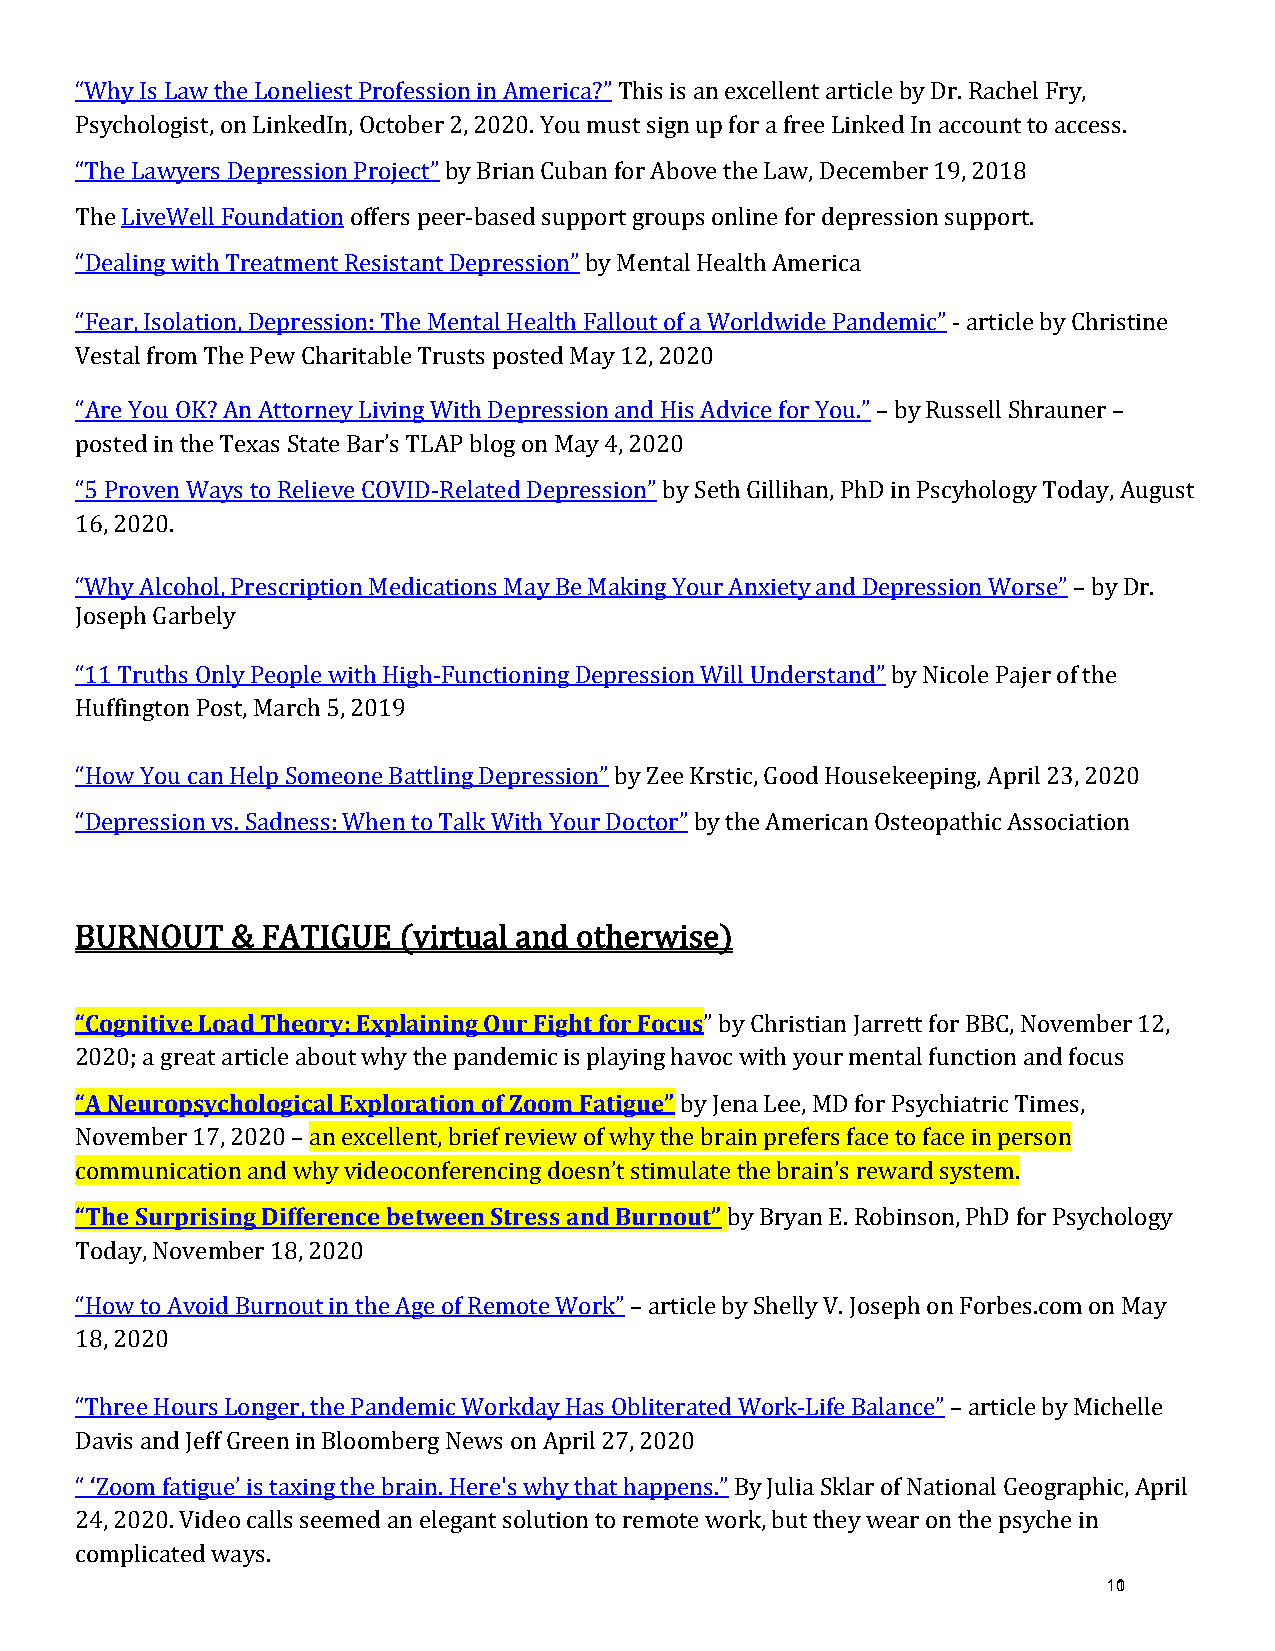
“Why Is Law the Loneliest Profession in America?” This is an excellent article by Dr. Rachel Fry,
 Psychologist, on LinkedIn, October 2, 2020. You must sign up for a free Linked In account to access.
 “The Lawyers Depression Project” by Brian Cuban for Above the Law, December 19, 2018
 The LiveWell Foundation offers peer-based support groups online for depression support.
 “Dealing with Treatment Resistant Depression” by Mental Health America
 “Fear, Isolation, Depression: The Mental Health Fallout of a Worldwide Pandemic” - article by Christine
 Vestal from The Pew Charitable Trusts posted May 12, 2020
 “Are You OK? An Attorney Living With Depression and His Advice for You.” – by Russell Shrauner –
 posted in the Texas State Bar’s TLAP blog on May 4, 2020
 “5 Proven Ways to Relieve COVID-Related Depression” by Seth Gillihan, PhD in Pscyhology Today, August
 16, 2020.
 “Why Alcohol, Prescription Medications May Be Making Your Anxiety and Depression Worse” – by Dr.
 Joseph Garbely
 “11 Truths Only People with High-Functioning Depression Will Understand” by Nicole Pajer of the
 Huffington Post, March 5, 2019
 “How You can Help Someone Battling Depression” by Zee Krstic, Good Housekeeping, April 23, 2020
 “Depression vs. Sadness: When to Talk With Your Doctor” by the American Osteopathic Association
 BURNOUT   & FATIGUE  (virtual and otherwise)
 “Cognitive Load Theory: Explaining Our Fight for Focus
 ” by Christian Jarrett for BBC, November 12,
 “A Neuropsychological Exploration of Zoom Fatigue”
 2020; a great article about why the pandemic is playing havoc with your mental function and focus
 by Jena Lee, MD for Psychiatric Times,
 November 17, 2020 – an excellent, brief review of why the brain prefers face to face in person
 “The Surprising Difference between Stress and Burnout”
 communication and why videoconferencing doesn’t stimulate the brain’s reward system.
 by Bryan E. Robinson, PhD for Psychology
 Today, November 18, 2020
 “How to Avoid Burnout in the Age of Remote Work” – article by Shelly V. Joseph on Forbes.com on May
 18, 2020
 “Three Hours Longer, the Pandemic Workday Has Obliterated Work-Life Balance” – article by Michelle
 Davis and Jeff Green in Bloomberg News on April 27, 2020
 “ ‘Zoom fatigue’ is taxing the brain. Here's why that happens.” By Julia Sklar of National Geographic, April
 24, 2020. Video calls seemed an elegant solution to remote work, but they wear on the psyche in
 101
 complicated ways.